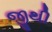
જીથી